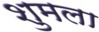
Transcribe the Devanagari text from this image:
शुमला